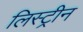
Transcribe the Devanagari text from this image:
लिस्ट्रीन